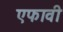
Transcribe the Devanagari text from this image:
एफावी